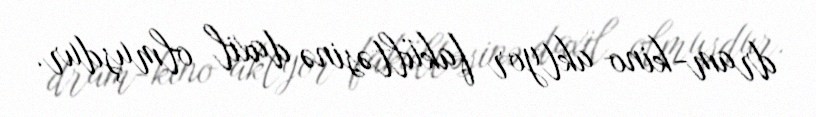
dram-kino aktyor fakültəsinə daxil olmuşdur.